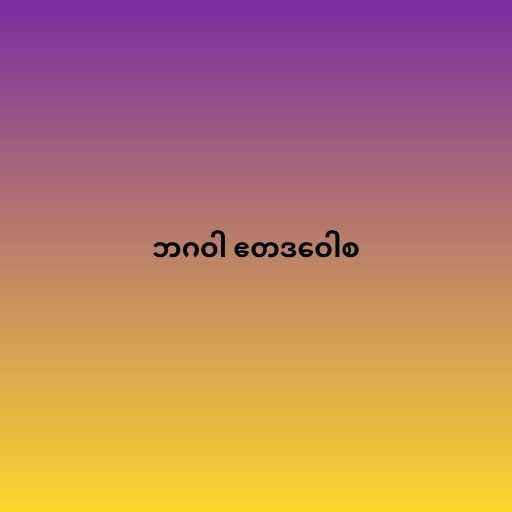
ဘဂဝါ ဧတဒဝေါစ